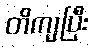
တိကျပြီး